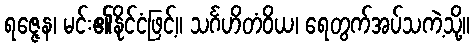
ရဇ္ဇေန၊ မင်း၏နိုင်ငံဖြင့်။ သင်္ဂဟိတံဝိယ၊ ရေတွက်အပ်သကဲ့သို့။